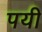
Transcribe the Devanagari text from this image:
पयी